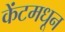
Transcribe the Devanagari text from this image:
केंटमधून